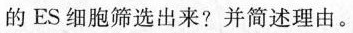
的ES细胞筛选出来?并简述理由。